Report of the Indian Hemp Drugs Commission, 1894-1895 - Volume VII
Year: 1894
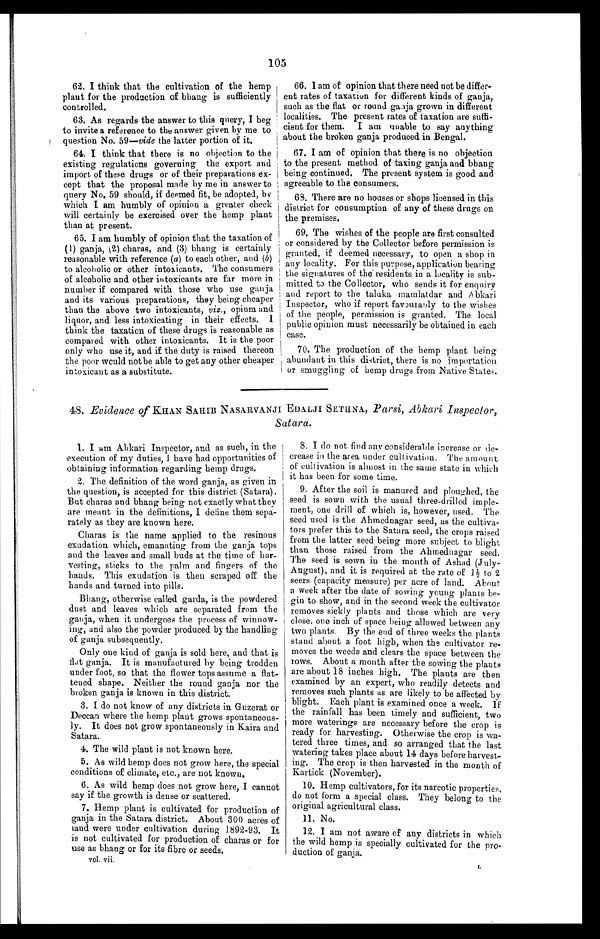
105
62. I think that the cultivation of the hemp
plant for the production of bhang is sufficiently
controlled.
63. As regards the answer to this query, I beg
to invite a reference to the answer given by me to
question No. 59—vide the latter portion of it.
64. I think that there is no objection to the
existing regulations governing the export and
import of these drugs or of their preparations ex
-
cept that the proposal made by me in answer to
query No. 59 should, if deemed fit, be adopted, by
which I am humbly of opinion a greater check
will certainly be exercised over the hemp plant
than at present.
65. I am humbly of opinion that the taxation of
(1) ganja, (2) charas, and (3) bhang is certainly
reasonable with reference (a) to each other, and (b)
to alcoholic or other intoxicants. The consumers
of alcoholic and other intoxicants are far more in
number if compared with those who use ganja
and its various preparations, they being cheaper
than the above two intoxicants, viz., opium and
liquor, and less intoxicating in their effects. I
think the taxation of these drugs is reasonable as
compared with other intoxicants. It is the poor
only who use it, and if the duty is raised thereon
the poor would not be able to get any other cheaper
intoxicant as a substitute.
66. I am of opinion that there need not be differ
-
ent rates of taxation for different kinds of ganja,
such as the flat or round ganja grown in different
localities. The present rates of taxation are suff
i -
cient for them. I am unable to say anything
about the broken ganja produced in Bengal.
67. I am of opinion that there is no objection
to the present method of taxing ganja and bhang
being continued. The present system is good and
agreeable to the consumers.
68. There are no houses or shops licensed in this
district for consumption of any of these drugs on
the premises.
69. The wishes of the people are first consulted
or considered by the Collector before permission is
granted, if deemed necessary, to open a shop in
any locality. For this purpose, application bearing
the signatures of the residents in a locality is sub
-
mitted to the Collector, who sends it for enquiry
and report to the taluka mamlatdar and Abkari
Inspector, who if report favourably to the wishes
of the people, permission is granted. The local
public opinion must necessarily be obtained in each
case.
70. The production of the hemp plant being
abundant in this district, there is no importation
or smuggling of hemp drugs from Native States.
48. Evidence of KHAN SAHIB NASARVANJI EDALJI SETHNA, Parsi, Abkari Inspector
,
Satara.
1.I am Abkari Inspector, and as such, in the
execution of my duties, I have had opportunities of
obtaining information regarding hemp drugs.
2.The definition of the word ganja, as given in
the question, is accepted for this district (Satara).
But charas and bhang being not exactly what they
are meant in the definitions, I define them sepa
-
rately as they are known here.
Charas is the name applied to the resinous
exudation which, emanating from the ganja tops
and the leaves and small buds at the time of har
-
vesting, sticks to the palm and fingers of the
hands. This exudation is then scraped off the
hands and turned into pills.
Bhang, otherwise called garda, is the powdered
dust and leaves which are separated from the
ganja, when it undergoes the process of winnow
-
ing, and also the powder produced by the handling
of ganja subsequently.
Only one kind of ganja is sold here, and that is
flat ganja. It is manufactured by being trodden
under foot, so that the flower tops assume a flat
-
tened shape. Neither the round ganja nor the
broken ganja is known in this district.
3. I do not know of any districts in Guzerat or
Deccan where the hemp plant grows spontaneous
ly. It does not grow spontaneously in Kaira and
Satara.
4 . T h e w i l d p l a n t i s n o t k n o w n h e r e .
5. As wild hemp does not grow here, the special
conditions of climate, etc., are not known.
6. As wild hemp does not grow here, I cannot
say if the growth is dense or scattered.
7. Hemp plant is cultivated for production of
ganja in the Satara district. About 300 acres of
land were under cultivation during 1892-93. It
is not cultivated for production of charas or for
use as bhang or for its fibre or seeds.
vol. vii.
8. I do not find any considerable increase or de
-
crease in the area under cultivation. The amount
of cultivation is almost in the same state in which
it has been for some time.
9. After the soil is manured and ploughed, the
seed is sown with the usual three-drilled imple
-
ment, one drill of which is, however, used. The
seed used is the Ahmednagar seed, as the cultiva
-
tors prefer this to the Satara seed, the crops raised
from the latter seed being more subject to blight
than those raised from the Ahmednagar seed.
The seed is sown in the month of Ashad (July-
August), and it is required at the rate of 1½ to 2
seers (capacity measure) per acre of land. About
a week after the date of sowing young plants be
-
g i n t o s h o w , a n d i n t h e s e c o n d w e e k t h e c u l t i v a t o r
removes sickly plants and those which are very
close, one inch of space being allowed between any
two plants. By the end of three weeks the plants
stand about a foot high, when the cultivator re
-
moves the weeds and clears the space between the
rows. About a month after the sowing the plants
are about 18 inches high. The plants are then
examined by an expert, who readily detects and
removes such plants as are likely to be affected by
blight. Each plant is examined once a week. If
the rainfall has been timely and sufficient, two
more waterings are necessary before the crop is
ready for harvesting. Otherwise the crop is wa
-
tered three times, and so arranged that the last
watering takes place about 14 days before harvest
-
ing. The crop is then harvested in the month of
Kartick (November).
10. Hemp cultivators, for its narcotic properties,
do not form a special class. They belong to the
original agricultural class.
1 1 . N o .
12. I am not aware of any districts in which
the wild hemp is specially cultivated for the pro
duction of ganja.